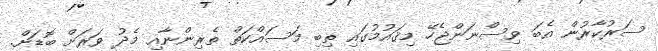
ސަރުކާރުން އެބަ ވިސްނަންޖެހޭ މިޤައުމުގައި ތިބި މަސައްކަތް ތެރިންނާއި މެދު ވަރަށް ބޮޑަށް.